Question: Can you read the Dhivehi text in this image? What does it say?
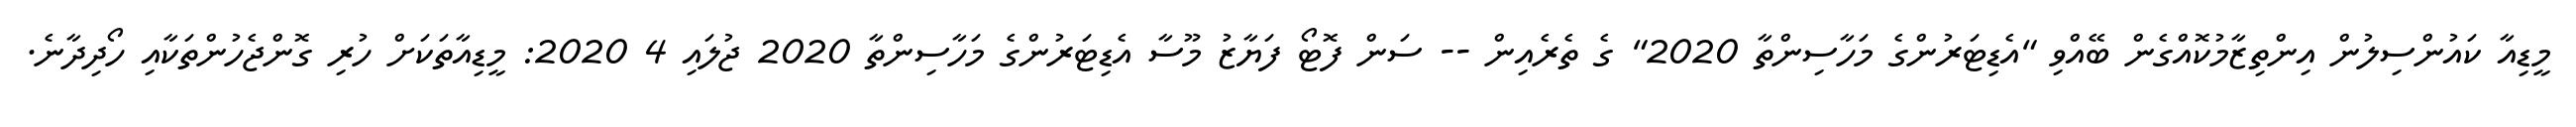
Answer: މީޑިއާ ކައުންސިލުން އިންތިޒާމުކޮއްގެން ބޭއްވި "އެޑިޓަރުންގެ މަހާސިންތާ 2020" ގެ ތެރެއިން -- ސަން ފޮޓޯ ފަޔާޒު މޫސާ އެޑިޓަރުންގެ މަހާސިންތާ 2020 ޖުލައި 4 2020: މީޑިއާތަކަށް ހުރި ގޮންޖެހުންތަކާއި ހޯދިދާނެ.